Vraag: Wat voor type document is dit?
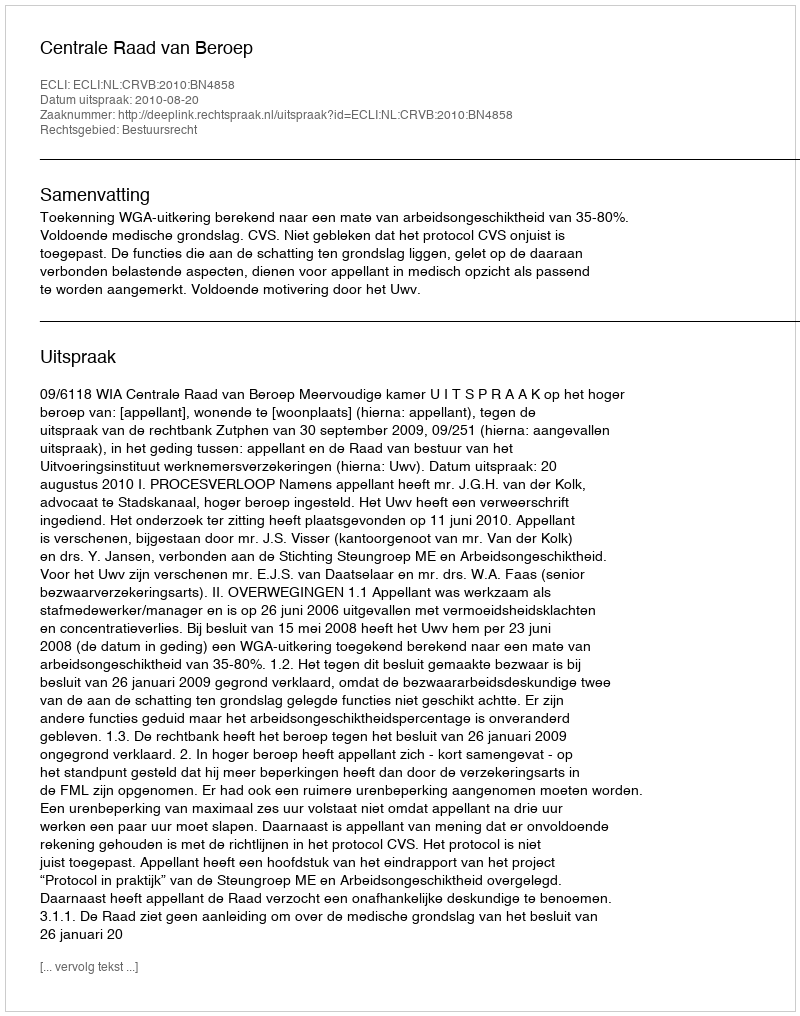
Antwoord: Uitspraak